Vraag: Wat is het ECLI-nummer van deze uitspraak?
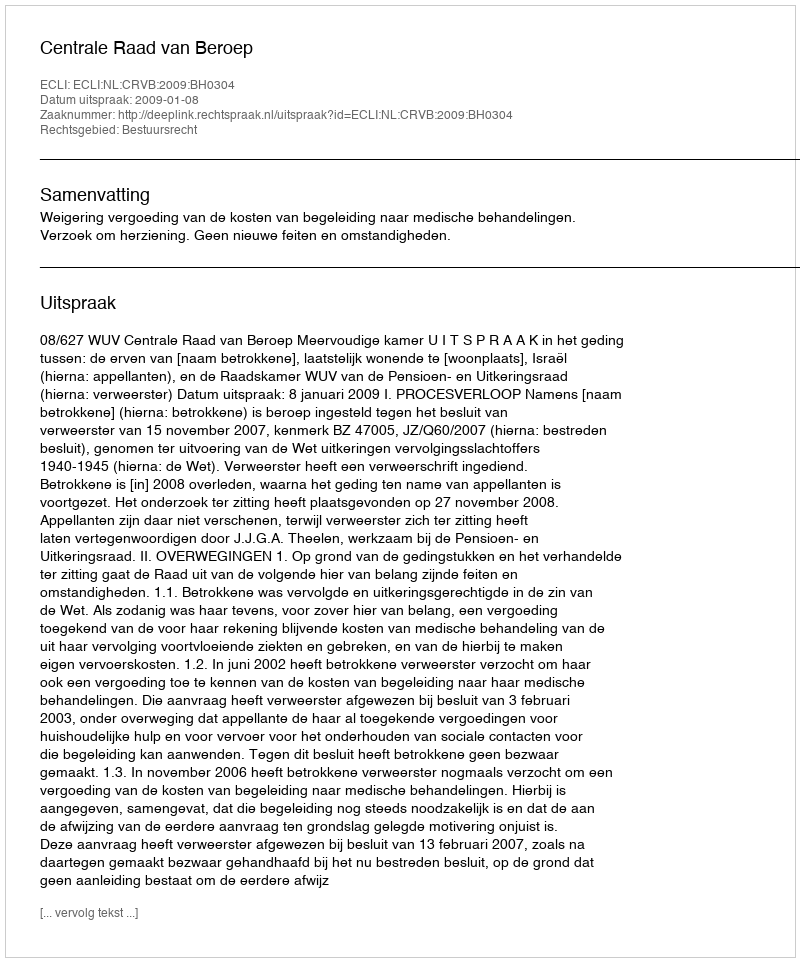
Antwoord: ECLI:NL:CRVB:2009:BH0304